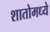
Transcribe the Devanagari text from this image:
शातोमध्ये